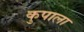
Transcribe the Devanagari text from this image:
कुपाला